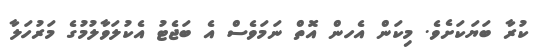
ކުރާ ބަޔަކަށެވެ. މިިކަން އެހން އޮތް ނަމަވެސް އެ ބަޖެޓު އެކުލަވާލުމުގެ މަރުހަލާ